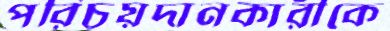
পরিচয়দানকারীকে